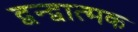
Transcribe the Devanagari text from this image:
द्वन्द्वात्मक